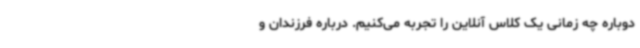
دوباره چه زمانی یک کلاس آنلاین را تجربه می‌کنیم. درباره فرزندان و